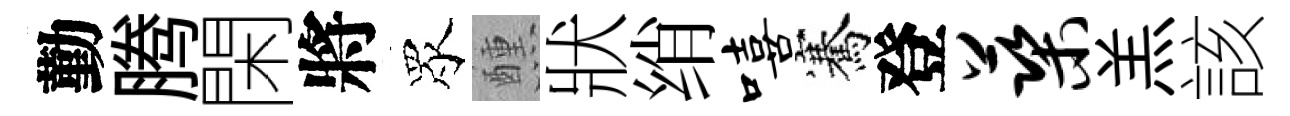
勤腾閑將眾醺狀绡嘻騫登蕖羔該